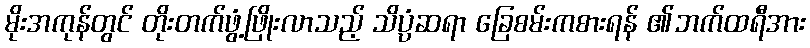
မိုးအကုန်တွင် တိုးတက်ဖွံ့ဖြိုးလာသည့် သိပ္ပံဆရာ ခြေစမ်းကစားရန် ၏ဘက်ထရီအား